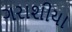
ગરાશીયા